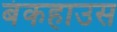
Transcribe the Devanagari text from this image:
बंकहाउस